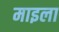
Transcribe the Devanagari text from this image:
माइला